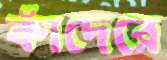
কাঁদেরে